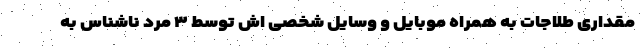
مقداری طلاجات به همراه موبایل و وسایل شخصی اش توسط ۳ مرد ناشناس به